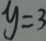
y = 3